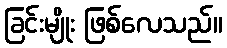
ခြင်းမျိုး ဖြစ်လေသည်။